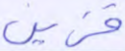
فزين